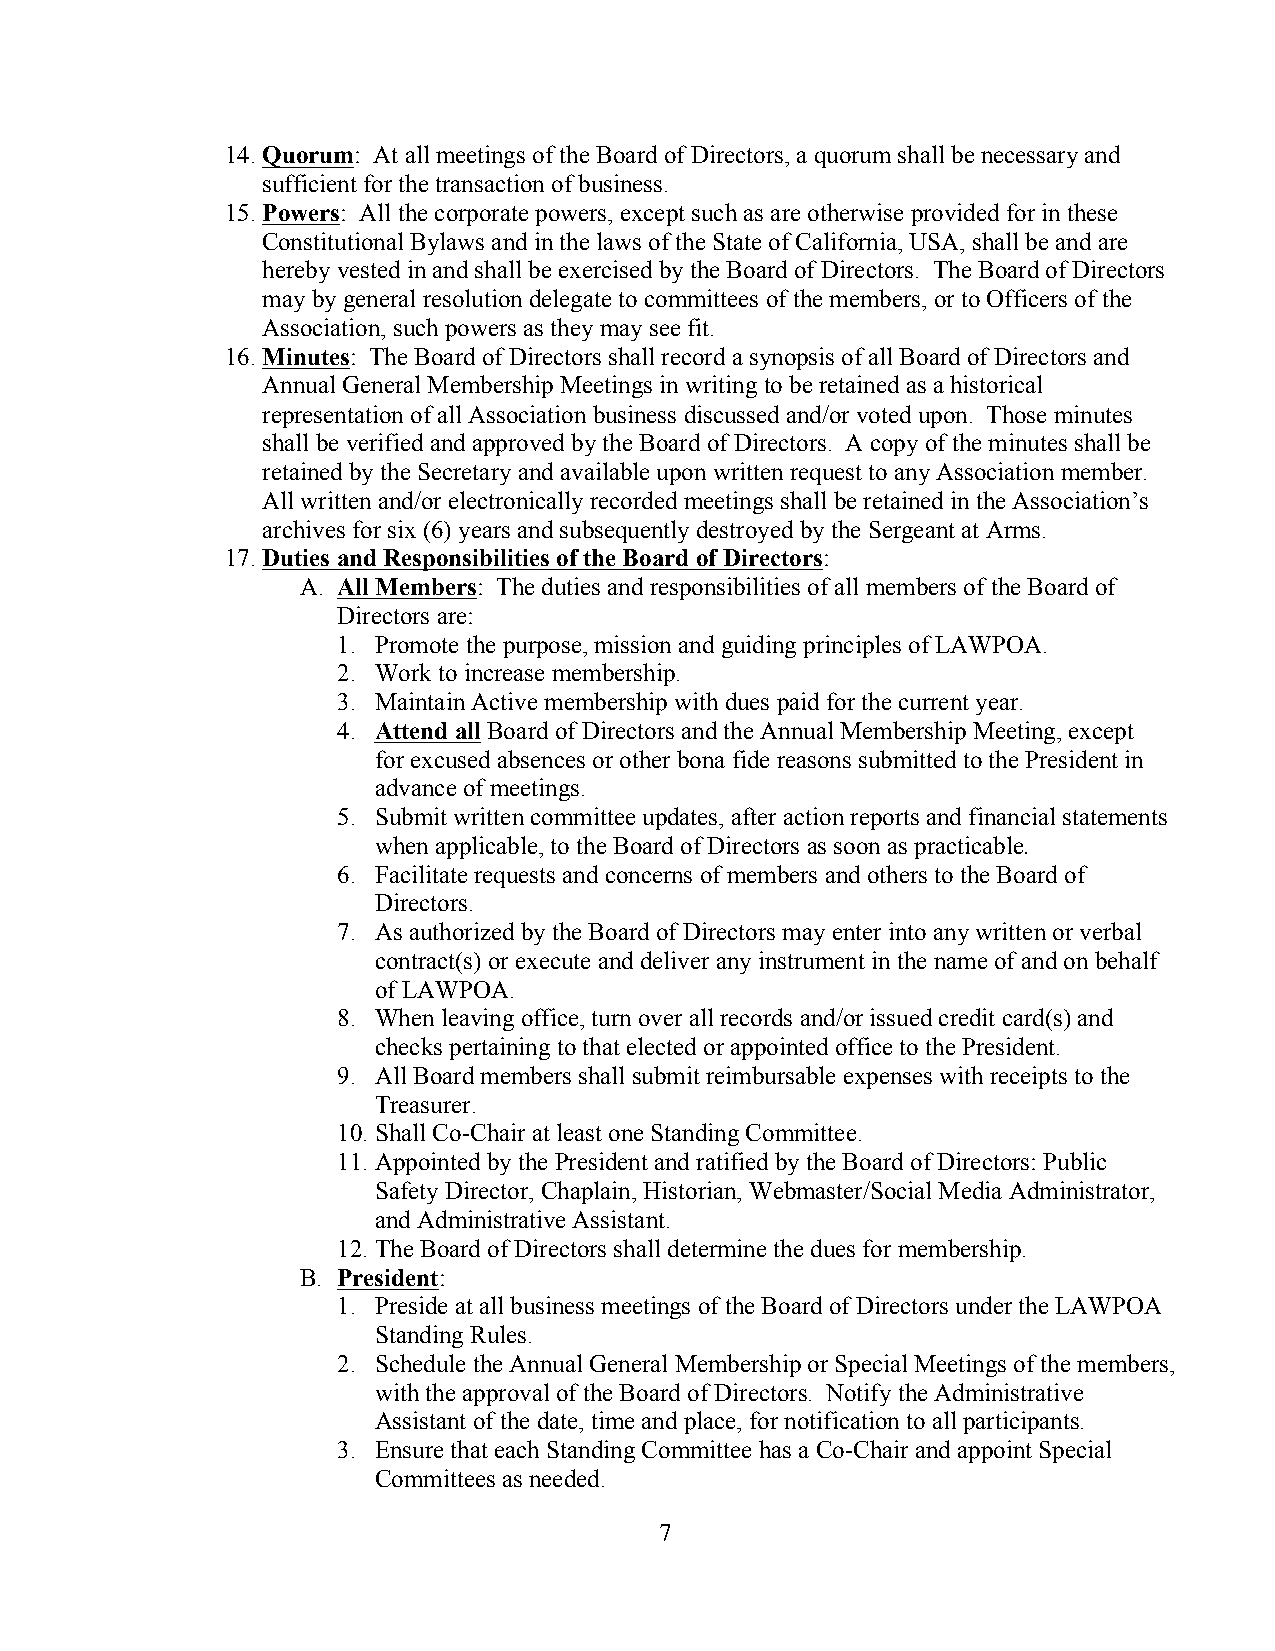
14. Quorum: At all meetings of the Board of Directors, a quorum shall be necessary and
 sufficient for the transaction of business.
 15. Powers: All the corporate powers, except such as are otherwise provided for in these
 Constitutional Bylaws and in the laws of the State of California, USA, shall be and are
 hereby vested in and shall be exercised by the Board of Directors. The Board of Directors
 may by general resolution delegate to committees of the members, or to Officers of the
 Association, such powers as they may see fit.
 16. Minutes: The Board of Directors shall record a synopsis of all Board of Directors and
 Annual General Membership Meetings in writing to be retained as a historical
 representation of all Association business discussed and/or voted upon. Those minutes
 shall be verified and approved by the Board of Directors. A copy of the minutes shall be
 retained by the Secretary and available upon written request to any Association member.
 All written and/or electronically recorded meetings shall be retained in the Association’s
 archives for six (6) years and subsequently destroyed by the Sergeant at Arms.
 17. Duties and Responsibilities of the Board of Directors:
 A. All Members: The duties and responsibilities of all members of the Board of
 Directors are:
 1. Promote the purpose, mission and guiding principles of LAWPOA.
 2. Work to increase membership.
 3. Maintain Active membership with dues paid for the current year.
 4. Attend all Board of Directors and the Annual Membership Meeting, except
 for excused absences or other bona fide reasons submitted to the President in
 advance of meetings.
 5. Submit written committee updates, after action reports and financial statements
 when applicable, to the Board of Directors as soon as practicable.
 6. Facilitate requests and concerns of members and others to the Board of
 Directors.
 7. As authorized by the Board of Directors may enter into any written or verbal
 contract(s) or execute and deliver any instrument in the name of and on behalf
 of LAWPOA.
 8. When leaving office, turn over all records and/or issued credit card(s) and
 checks pertaining to that elected or appointed office to the President.
 9. All Board members shall submit reimbursable expenses with receipts to the
 Treasurer.
 10. Shall Co-Chair at least one Standing Committee.
 11. Appointed by the President and ratified by the Board of Directors: Public
 Safety Director, Chaplain, Historian, Webmaster/Social Media Administrator,
 and Administrative Assistant.
 12. The Board of Directors shall determine the dues for membership.
 B. President:
 1. Preside at all business meetings of the Board of Directors under the LAWPOA
 Standing Rules.
 2. Schedule the Annual General Membership or Special Meetings of the members,
 with the approval of the Board of Directors. Notify the Administrative
 Assistant of the date, time and place, for notification to all participants.
 3. Ensure that each Standing Committee has a Co-Chair and appoint Special
 Committees as needed.
 7